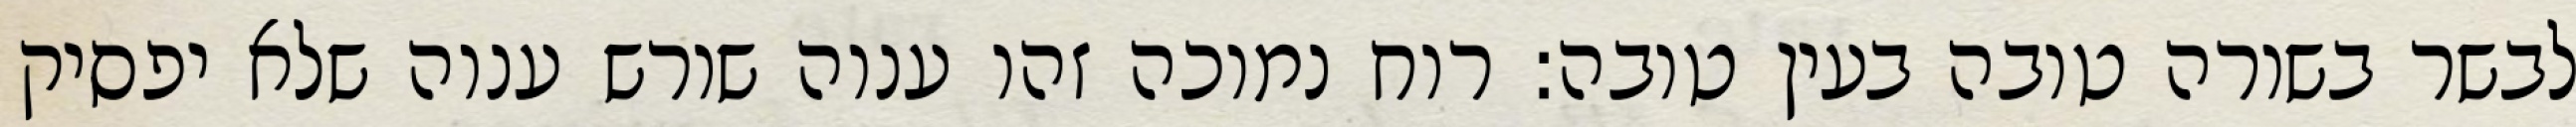
לבשר בשורה טובה בעין טובה: רוח נמוכה זהו ענוה שורש ענוה שלא יפסיק